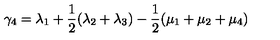
\gamma _ { 4 } = \lambda _ { 1 } + \frac { 1 } { 2 } ( \lambda _ { 2 } + \lambda _ { 3 } ) - \frac { 1 } { 2 } ( \mu _ { 1 } + \mu _ { 2 } + \mu _ { 4 } )